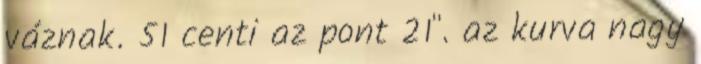
váznak. 51 centi az pont 21". az kurva nagy